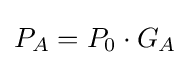
P_{A}=P_{0}\cdot G_{A}